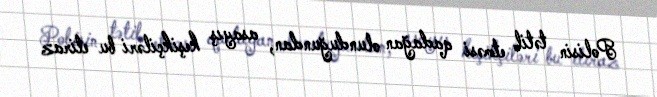
Polisin tətil etməsi qadağan olunduğundan, asayış keşikçiləri bu etiraz